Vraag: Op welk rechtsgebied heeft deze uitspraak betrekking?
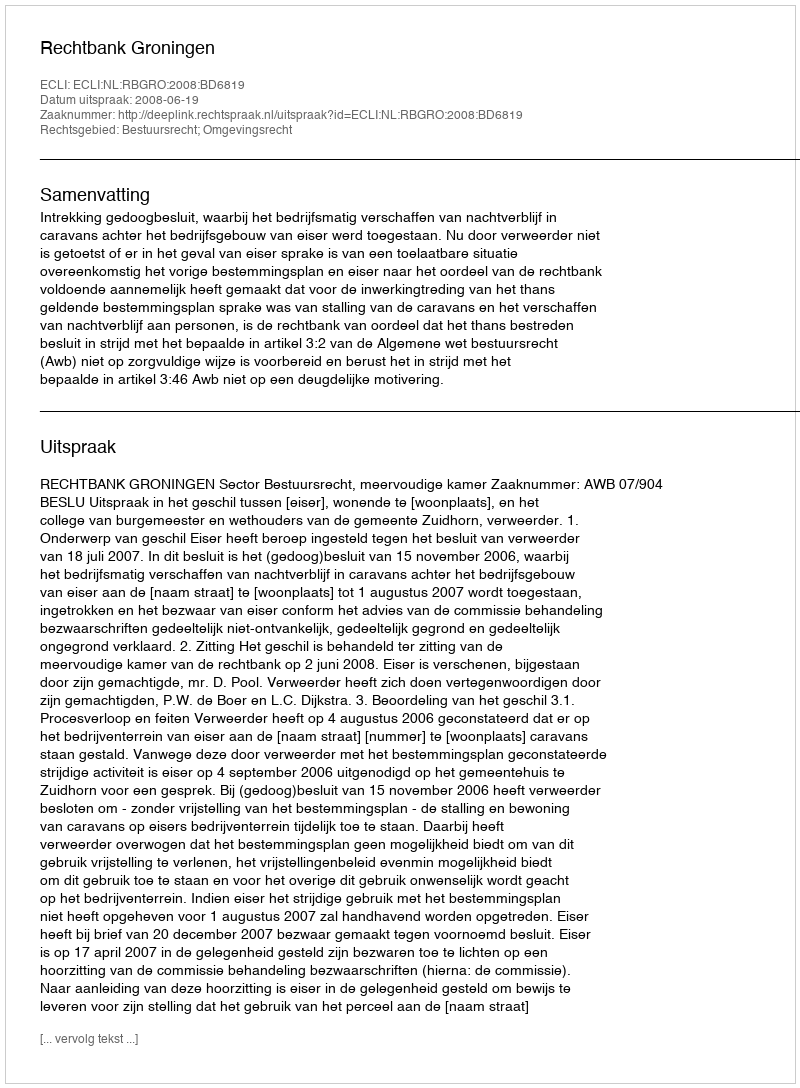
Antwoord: Bestuursrecht; Omgevingsrecht